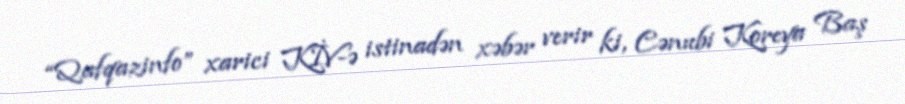
“Qafqazinfo” xarici KİV-ə istinadən xəbər verir ki, Cənubi Koreya Baş